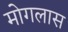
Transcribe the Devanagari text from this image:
मोगलास